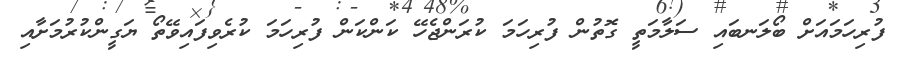
ފުރިހަމައަށް ބޯލަނބައި ސަލާމަތީ ގޮތުން ފުރިހަމަ ކުރަންޖެހޭ ކަންކަން ފުރިހަމަ ކުރެވިފައިވޭތޯ ޔަގީންކުރުމަށާއި